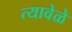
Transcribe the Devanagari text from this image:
त्यावेळे